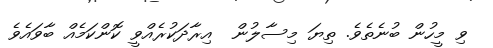
ވި މީހުން ބުނެތެވެ. ތިޔަ މިސާލުން  އިރާދަކުރެއްވީ ކޮންކަމެއް ބާވައެވެ